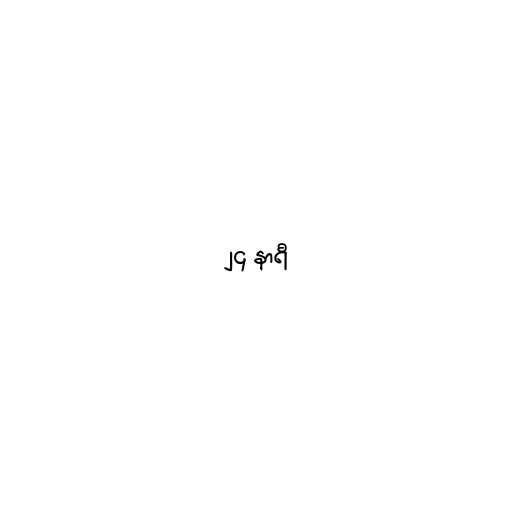
၂၄ နာရီ